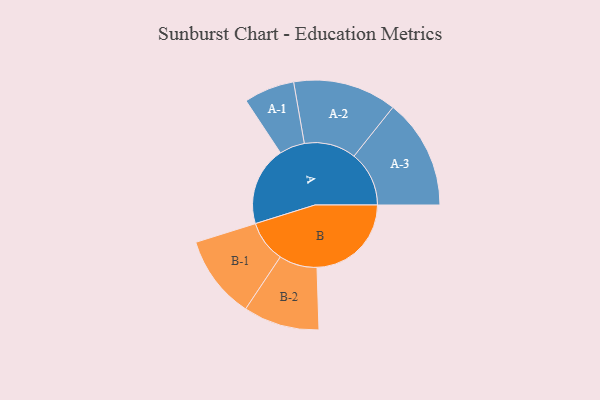
{"axis": {"x": "Segment", "y": "Value"}, "legend": ["", "A", "B"], "data": [{"x": "A", "y": 372, "type": ""}, {"x": "B", "y": 444, "type": ""}, {"x": "A-1", "y": 119, "type": "A"}, {"x": "A-2", "y": 244, "type": "A"}, {"x": "A-3", "y": 259, "type": "A"}, {"x": "B-1", "y": 196, "type": "B"}, {"x": "B-2", "y": 179, "type": "B"}]}